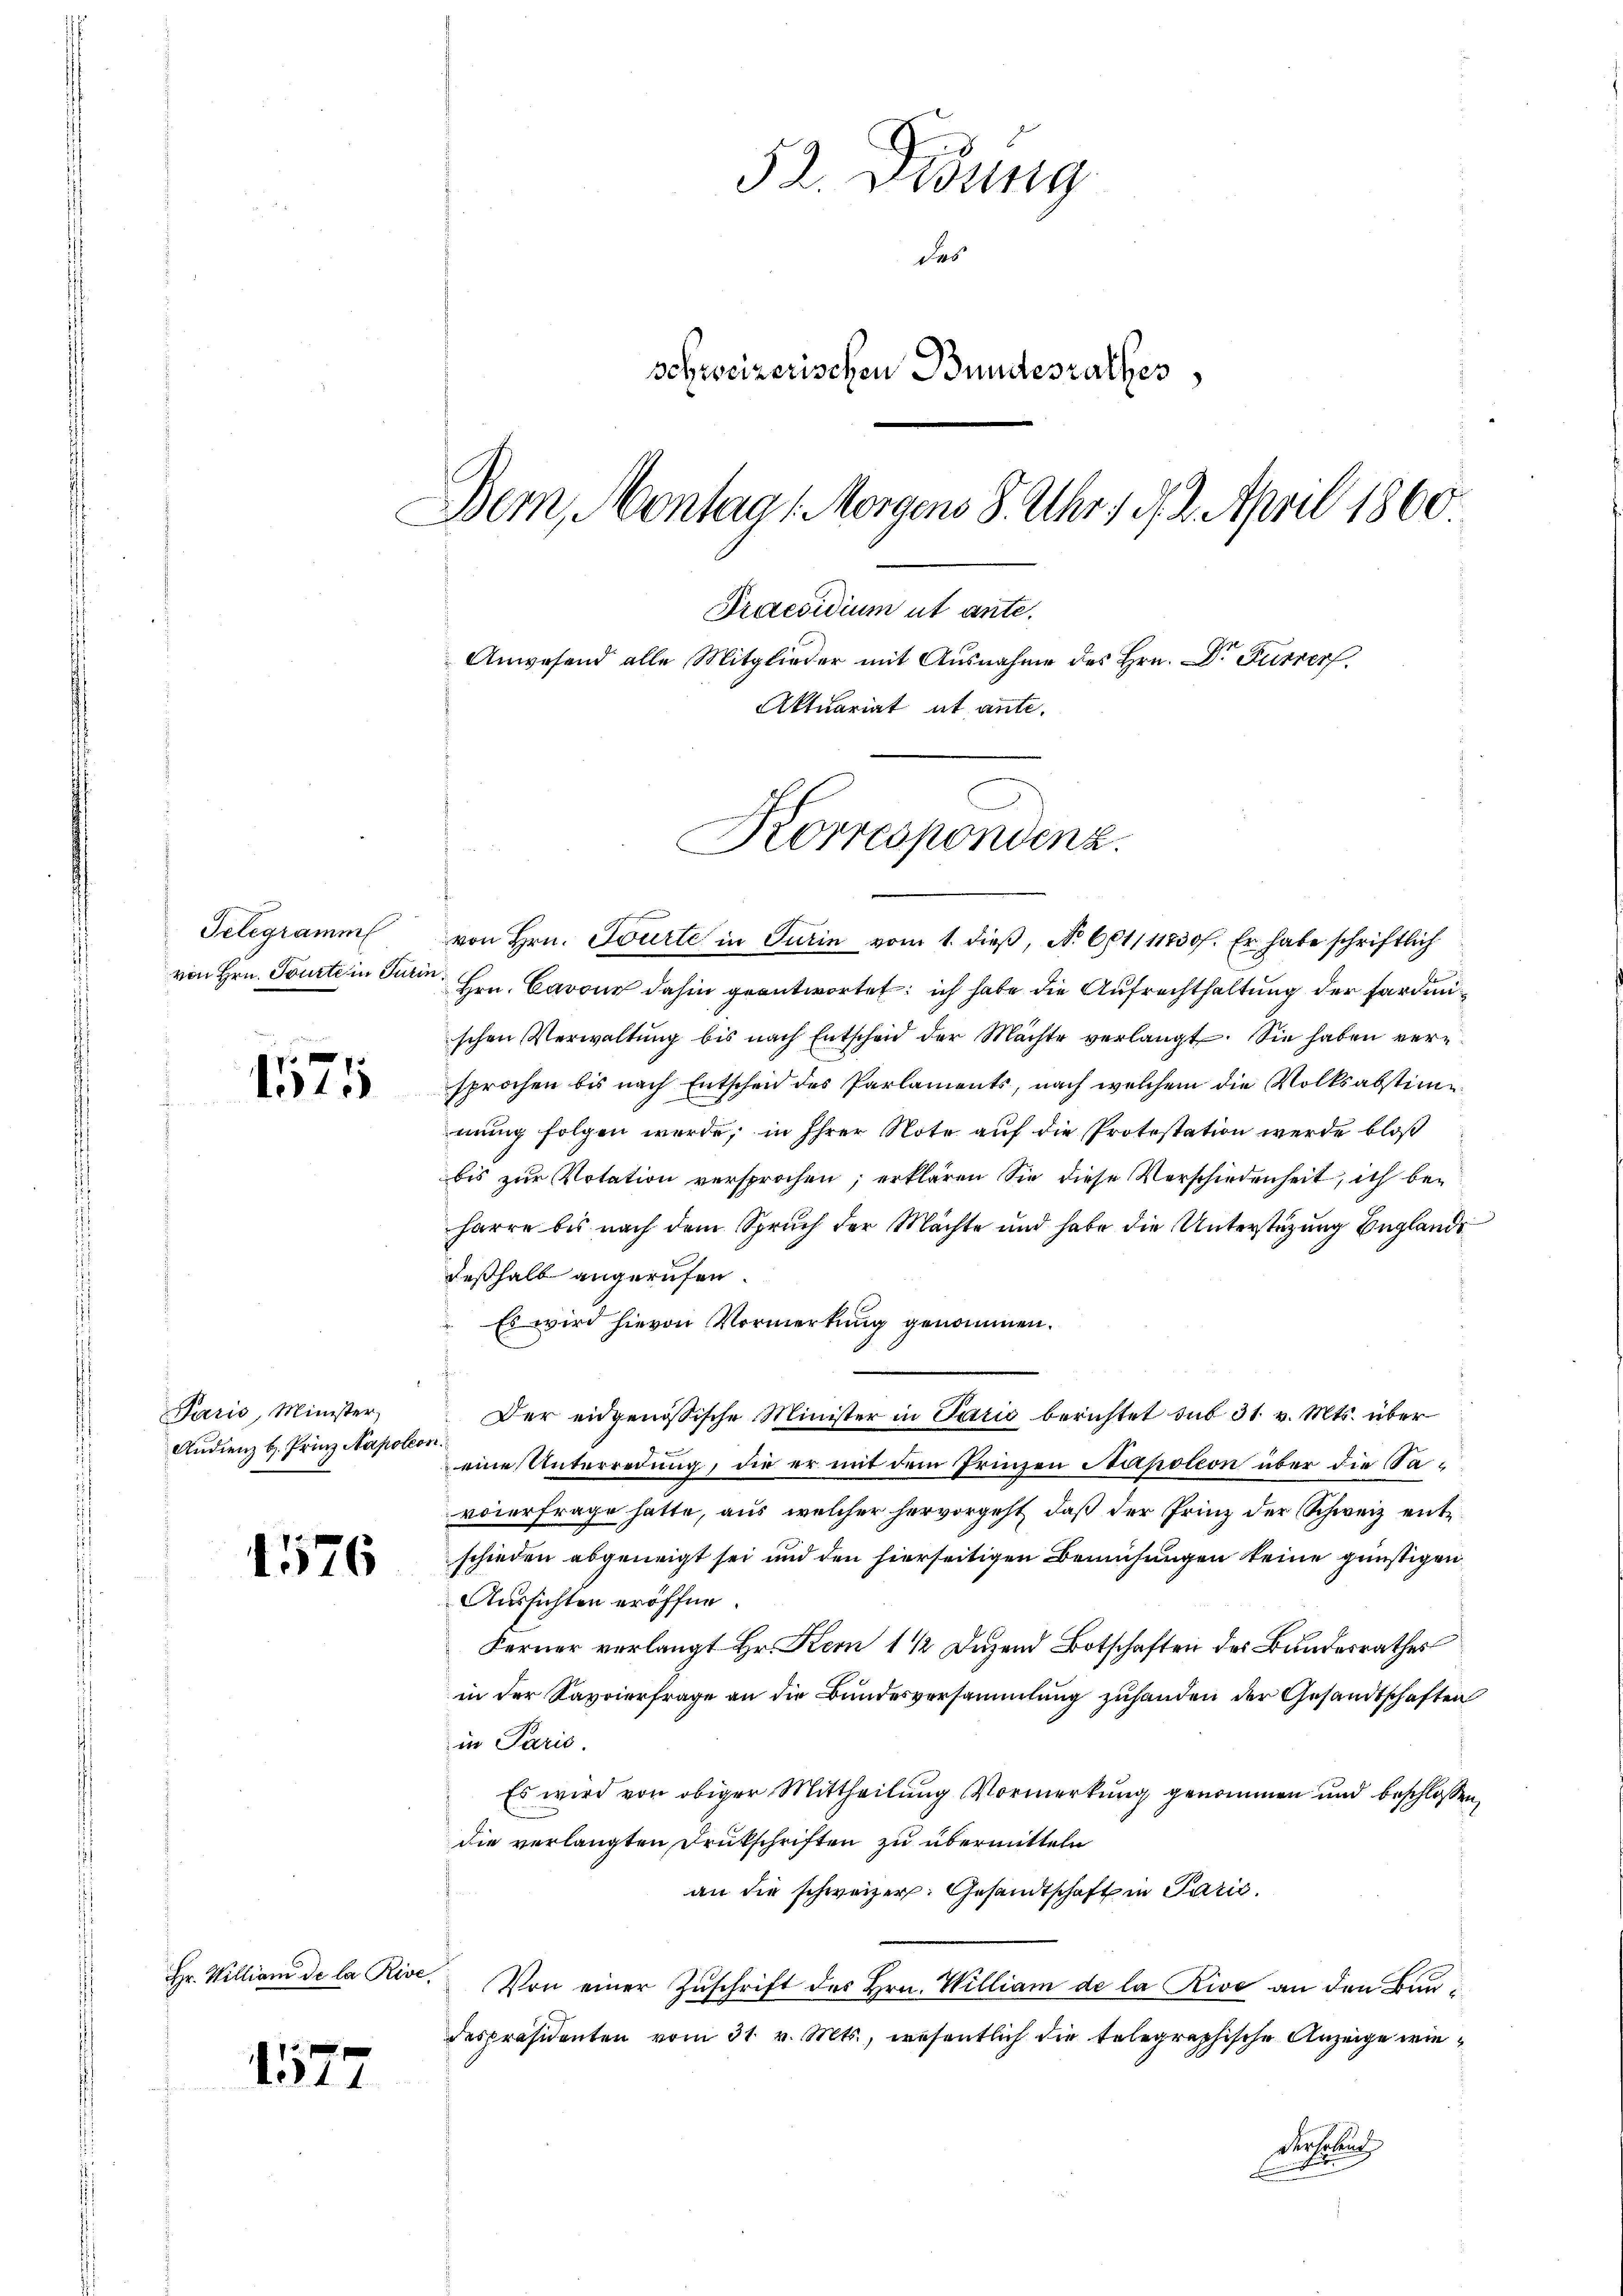
Gelegramm
von Hrn. Tourte in Turin

1575

Paris, Minister,
Andienz b. Prinz Napoleon

1176

von Hrn. Tourte in Turin vom 1. dieβ, No 601111730 f. Er habe schriftlich
Hrn. Cavour dahin geantwortet: ich habe die Aufrechthaltung der Fardinischen Verwaltŭng bis nach Entscheid der Machte verlangt. Sie haben versprochen bis nach Entscheid des Parlaments, nach welchem die Volksabstimmung folgen werde; in Ihrer Note auf die Protestation werde bloß
bis zur Votation versprochen; erklären Sie diese Verschiedenheit, ich beharre bis nach dem Spruch der Mächte und habe die Unterstüzung Beglands
deßhalb angerufen.
Es wird hievon Vormerkung genommen.
Der eidgenössische Minister in Pario berichtet sub 31. v. Mts. über
eine Unterredung, die er mit dem Prinzen Napoleon über die Savoierfrage hatte, aus welcher hervorgeht, daß der Prinz der Schweiz entschieden abgeneigt sei und den hierseitigen Bemühungen keine günstigen
Aussichten eröffne
Ferner verlangt Hr. Kein 1½ Duzend Botschaften des Bundesrathes
in der Savoierfrage an die Bundesversammlung zuhanden der Gesandtschaften
in Paris.
Es wird von obiger Mittheilung Vormerkung genommen und beschlossen,
die verlangten Drukschriften zu übermitteln
an die schweizer. Gesandtschaft in Parić,
Von einer Zuschrift des Hrn. William de la Rive an den Baudespräsidenten vom 31. v. Mts., wesentlich die telegraphische Anzeige wiederholend
e

Hr. William de la Rive.

1577

52. Didung
das
schweizerischen Bundesrathes
Dem Montag 1. Morgens 8. Uhr 191. 2. April 1860
Praesidium ut ante.
Anwesend alle Mitglieder mit Ausnahme des Hrn. Dr. Furrer
Aktuariat et ante.

Korrespondenz.